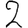
Digit: 2